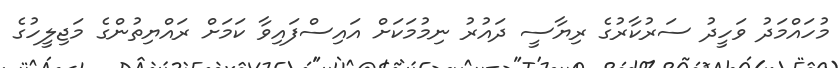
މުހައްމަދު ވަހީދު ސަރުކާރުގެ ރިޔާސީ ދައުރު ނިމުމަކަށް އައިސްފައިވާ ކަމަށް ރައްޔިތުންގެ މަޖިލީހުގެ